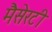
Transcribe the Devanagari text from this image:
मैसेरटी